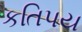
કતિપય